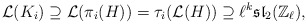
\begin{align*}\mathcal{L}(K_i) \supseteq \mathcal{L}(\pi_i(H)) = \tau_i (\mathcal{L}(H)) \supseteq \ell^k \mathfrak{sl}_2(\mathbb{Z}_\ell),\end{align*}